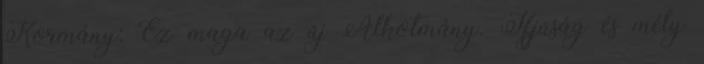
Kormány: Ez maga az új Alkotmány. Ifjúság és mély